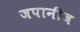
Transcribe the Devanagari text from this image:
जपानीज